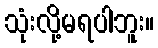
သုံးလို့မရပါဘူး။